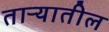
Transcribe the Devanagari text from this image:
ताऱ्यातील